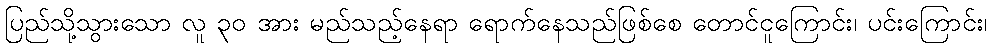
ပြည်သို့သွားသော လူ ၃၀ အား မည်သည့်နေရာ ရောက်နေသည်ဖြစ်စေ တောင်ငူကြောင်း၊ ပင်းကြောင်း၊